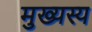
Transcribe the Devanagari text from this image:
मुख्यस्य